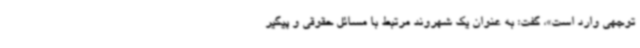
توجهی وارد است»، گفت: به عنوان یک شهروند مرتبط با مسائل حقوقی و پیگیر